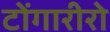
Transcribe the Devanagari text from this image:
टोंगारीरो